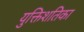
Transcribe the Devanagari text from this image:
युक्तिशतिका